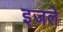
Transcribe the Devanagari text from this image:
इजले